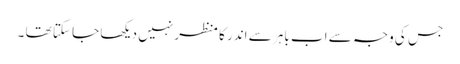
جس کی وجہ سے اب باہر سے اندر کا منظر نہیں دیکھا جا سکتا تھا ۔